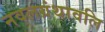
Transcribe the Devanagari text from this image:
नवलग्रंथावलि